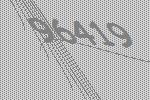
96419